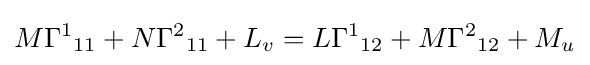
M{\Gamma ^{1}}_{11}+N{\Gamma ^{2}}_{11}+L_{v}=L{\Gamma ^{1}}_{12}+M{\Gamma ^{2}}_{12}+M_{u}